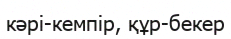
кәрі-кемпір, құр-бекер